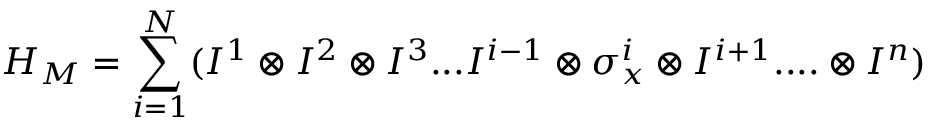
H _ { M } = \sum _ { i = 1 } ^ { N } ( I ^ { 1 } \otimes I ^ { 2 } \otimes I ^ { 3 } . . . I ^ { i - 1 } \otimes \sigma _ { x } ^ { i } \otimes I ^ { i + 1 } . . . . \otimes I ^ { n } )